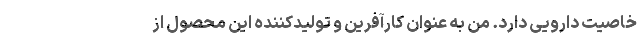
خاصیت دارویی دارد. من به عنوان کارآفرین و تولیدکننده این محصول از